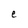
Character: e